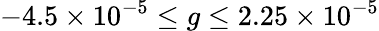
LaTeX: -4.5\times 10^{-5}\leq g\leq 2.25\times 10^{-5}